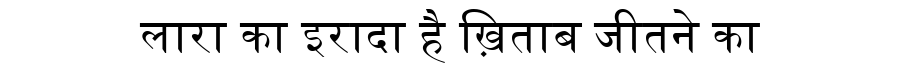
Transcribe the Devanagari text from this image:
लारा का इरादा है ख़िताब जीतने का